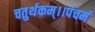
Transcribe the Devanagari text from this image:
चतुर्थकम्।।पंचमं